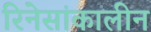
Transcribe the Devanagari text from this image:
रिनेसांकालीन